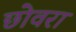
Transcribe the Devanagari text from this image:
छोवरा